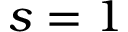
s = 1